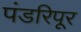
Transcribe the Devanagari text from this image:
पंडरिपूर